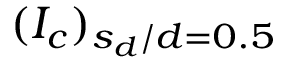
( I _ { c } ) _ { s _ { d } / d = 0 . 5 }